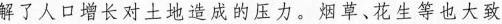
解了人口增长对土地造成的压力。烟草、花生等也大致